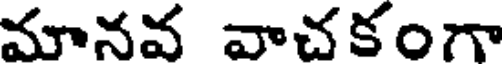
మానవ వాచకంగా